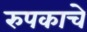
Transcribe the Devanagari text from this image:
रुपकाचे